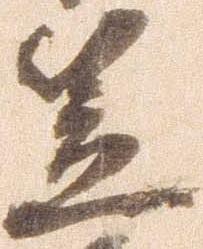
笠